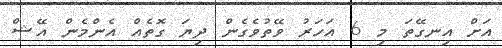
އަށް އިނގޭތަ މި 6 އަހަރު ވޭތުވެގެން ދިޔަ ގޮތެއް އެންމެން އޭޝް